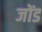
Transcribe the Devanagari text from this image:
जोंड